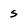
Character: s